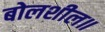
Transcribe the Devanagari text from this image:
बोलशील॥